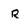
Character: R